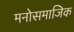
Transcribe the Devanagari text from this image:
मनोसमाजिक